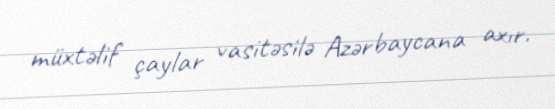
müxtəlif çaylar vasitəsilə Azərbaycana axır.